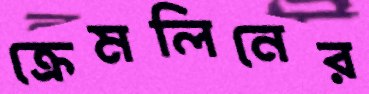
ক্রেমলিনের